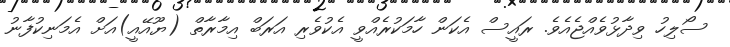
ސޯލިހު ވިދާޅުވެއްޖެއެވެ. ރައީސް އެކަން ހާމަކުރެއްވީ އެކުވެރި އަރަބް އިމާރާތް (ޔޫއޭއީ)އަށް އެމަނިކުފާނު